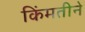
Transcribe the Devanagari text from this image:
किंमतीने